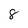
Character: 8